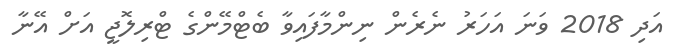
އަދި 2018 ވަނަ އަހަރު ނެރެން ނިންމާފައިވާ ބެޓްމޭންގެ ޓްރިލޮޖީ އަށް އޭނާ